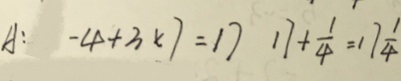
A : - 4 + 3 \times 7 = 1 7 1 7 + \frac { 1 } { 4 } = 1 7 \frac { 1 } { 4 }